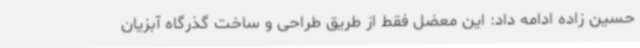
حسین زاده ادامه داد: این معضل فقط از طریق طراحی و ساخت گذرگاه آبزیان